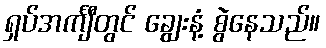
ရှပ်အင်္ကျီတွင် ချွေးနံ့ စွဲနေသည်။